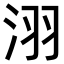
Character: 𣴆